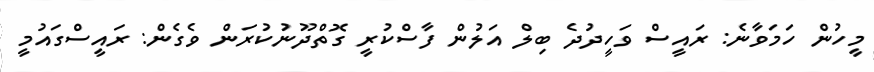
މީހުން ހަމަވާނެ: ރައީސް ވަހީދުދެ ބިލް އަލުން ފާސްކުރީ ގޮތްދޫނުކުރަން ވެގެން: ރައީސްގައުމީ